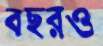
বছরও